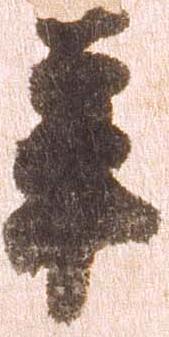
年